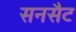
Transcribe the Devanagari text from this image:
सनसैट